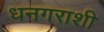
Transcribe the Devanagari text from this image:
धनगराशी